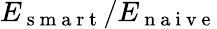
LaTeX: E_{\mathrm{~s~m~a~r~t~}}/E_{\mathrm{~n~a~i~v~e~}}